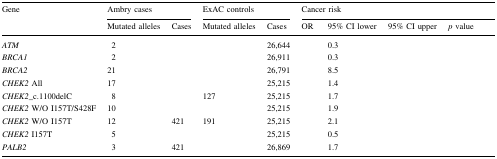
<table><thead><tr><td rowspan="2"><b>Gene</b></td><td colspan="2"><b>Ambry cases</b></td><td colspan="2"><b>ExAC controls</b></td><td colspan="4"><b>Cancer risk</b></td></tr><tr><td><b>Mutated alleles</b></td><td><b>Cases</b></td><td><b>Mutated alleles</b></td><td><b>Cases</b></td><td><b>OR</b></td><td><b>95% CI lower</b></td><td><b>95% CI upper</b></td><td><b><i>p</i> value</b></td></tr></thead><tbody><tr><td><i>ATM</i></td><td>2</td><td>[EMPTY_CELL]</td><td>[EMPTY_CELL]</td><td>26,644</td><td>[EMPTY_CELL]</td><td>0.3</td><td>[EMPTY_CELL]</td><td>[EMPTY_CELL]</td></tr><tr><td><i>BRCA1</i></td><td>2</td><td>[EMPTY_CELL]</td><td>[EMPTY_CELL]</td><td>26,911</td><td>[EMPTY_CELL]</td><td>0.3</td><td>[EMPTY_CELL]</td><td>[EMPTY_CELL]</td></tr><tr><td><i>BRCA2</i></td><td>21</td><td>[EMPTY_CELL]</td><td>[EMPTY_CELL]</td><td>26,791</td><td>[EMPTY_CELL]</td><td>8.5</td><td>[EMPTY_CELL]</td><td>[EMPTY_CELL]</td></tr><tr><td><i>CHEK2</i> All</td><td>17</td><td>[EMPTY_CELL]</td><td>[EMPTY_CELL]</td><td>25,215</td><td>[EMPTY_CELL]</td><td>1.4</td><td>[EMPTY_CELL]</td><td>[EMPTY_CELL]</td></tr><tr><td><i>CHEK2</i>_c.1100delC</td><td>8</td><td>[EMPTY_CELL]</td><td>127</td><td>25,215</td><td>[EMPTY_CELL]</td><td>1.7</td><td>[EMPTY_CELL]</td><td>[EMPTY_CELL]</td></tr><tr><td><i>CHEK2</i> W/O I157T/S428F</td><td>10</td><td>[EMPTY_CELL]</td><td>[EMPTY_CELL]</td><td>25,215</td><td>[EMPTY_CELL]</td><td>1.9</td><td>[EMPTY_CELL]</td><td>[EMPTY_CELL]</td></tr><tr><td><i>CHEK2</i> W/O I157T</td><td>12</td><td>421</td><td>191</td><td>25,215</td><td>[EMPTY_CELL]</td><td>2.1</td><td>[EMPTY_CELL]</td><td>[EMPTY_CELL]</td></tr><tr><td><i>CHEK2</i> I157T</td><td>5</td><td>[EMPTY_CELL]</td><td>[EMPTY_CELL]</td><td>25,215</td><td>[EMPTY_CELL]</td><td>0.5</td><td>[EMPTY_CELL]</td><td>[EMPTY_CELL]</td></tr><tr><td><i>PALB2</i></td><td>3</td><td>421</td><td>[EMPTY_CELL]</td><td>26,869</td><td>[EMPTY_CELL]</td><td>1.7</td><td>[EMPTY_CELL]</td><td>[EMPTY_CELL]</td></tr></tbody></table>